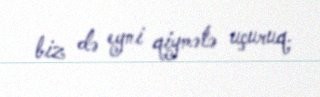
biz də eyni qiymətə uçuruq.